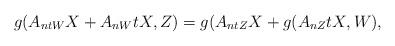
LaTeX: \begin{align*}g(A_{ntW}X+A_{nW}tX, Z)=g(A_{ntZ}X +g(A_{nZ}tX, W), \end{align*}